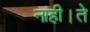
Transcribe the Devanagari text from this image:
नाही।ते